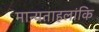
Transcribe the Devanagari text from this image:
मान्यताहलांकि